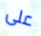
على